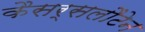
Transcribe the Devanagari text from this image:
कैसर्सलौटेन